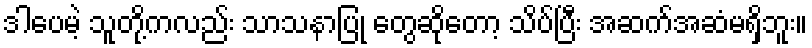
ဒါပေမဲ့ သူတို့ကလည်း သာသနာပြု တွေဆိုတော့ သိပ်ပြီး အဆက်အဆံမရှိဘူး။